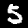
Digit: 5